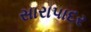
સારાપાદર